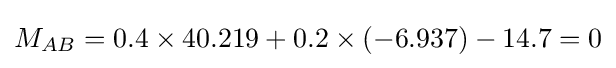
M_{AB}=0.4\times 40.219+0.2\times \left(-6.937\right)-14.7=0